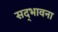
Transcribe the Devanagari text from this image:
सद्‌भावना